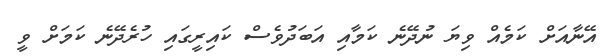
އޭނާއަށް ކަމެއް ވިޔަ ނުދޭނެ ކަމާއި އަބަދުވެސް ކައިރީގައި ހުރެދޭނެ ކަމަށް ވީ